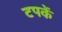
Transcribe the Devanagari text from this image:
टपकें